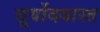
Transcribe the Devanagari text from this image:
सूर्योदयास्त